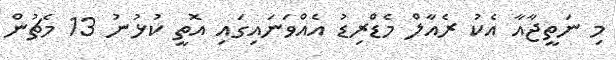
މި ނަތީޖާއާ އެކު ރެއާލް މެޑްރިޑު އެއްވަނައިގައި އޮތީ ކުޅުނު 13 މެޗުން